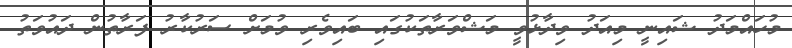
މުހައްމަދު ޝައިނީ މިއަދު ވިދާޅުވީ މަޝްވަރާތަކުގައި ބައިވެރި ވުމަށް ސަރުކާރު ފަރާތުން ދައުވަތު